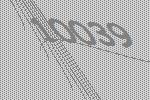
10039